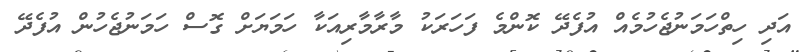
އަދި ހިތްހަމަނުޖެހުމެއް އުފެދޭ ކޮންމެ ފަހަރަކު މާރާމާރިއަކާ ހަމަޔަށް ގޮސް ހަމަނުޖެހުން އުފެދޭ